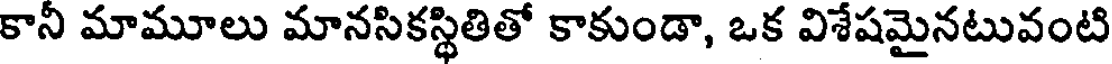
కానీ మామూలు మానసికస్థితితో కాకుండా, ఒక విశేషమైనటువంటి